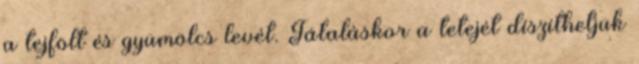
a tejfölt és gyümölcs levét. Tálaláskor a tetejét díszíthetjük